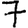
Digit: 7